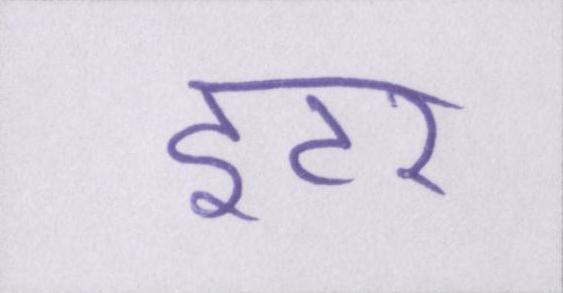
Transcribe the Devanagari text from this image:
इंटर